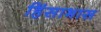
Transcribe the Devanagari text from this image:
हिंसाभास